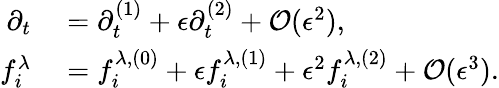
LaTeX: \begin{array}{rl}{\partial_{t}}&{{}=\partial_{t}^{(1)}+\epsilon\partial_{t}^{(2)}+\mathcal{O}(\epsilon^{2}),}\\ {f_{i}^{\lambda}}&{{}=f_{i}^{\lambda,(0)}+\epsilon f_{i}^{\lambda,(1)}+\epsilon^{2}f_{i}^{\lambda,(2)}+\mathcal{O}(\epsilon^{3}).}\end{array}